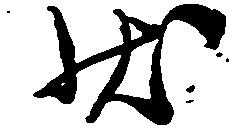
状